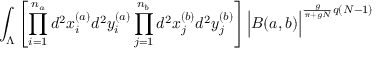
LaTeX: \int _ { \Lambda } \left[ \prod _ { i = 1 } ^ { n _ { a } } d ^ { 2 } x _ { i } ^ { ( a ) } d ^ { 2 } y _ { i } ^ { ( a ) } \prod _ { j = 1 } ^ { n _ { b } } d ^ { 2 } x _ { j } ^ { ( b ) } d ^ { 2 } y _ { j } ^ { ( b ) } \right] \Big | B ( a , b ) \Big | ^ { \frac { g } { \pi + g N } q ( N - 1 ) } \;